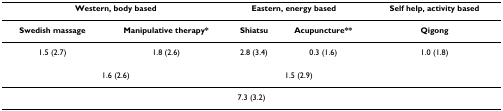
<table><thead><tr><td colspan="2"><b>Western, body based</b></td><td colspan="2"><b>Eastern, energy based</b></td><td><b>Self help, activity based</b></td></tr></thead><tbody><tr><td><b>Swedish massage</b></td><td><b>Manipulative therapy*</b></td><td><b>Shiatsu</b></td><td><b>Acupuncture**</b></td><td><b>Qigong</b></td></tr><tr><td>1.5 (2.7)</td><td>1.8 (2.6)</td><td>2.8 (3.4)</td><td>0.3 (1.6)</td><td>1.0 (1.8)</td></tr><tr><td colspan="2">1.6 (2.6)</td><td colspan="2">1.5 (2.9)</td><td></td></tr><tr><td colspan="5">7.3 (3.2)</td></tr></tbody></table>